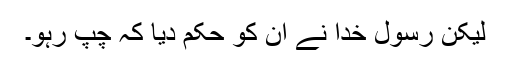
لیکن رسول خدا نے ان کو حکم دیا کہ چپ رہو۔